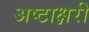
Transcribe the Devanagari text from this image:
अष्टाक्षरी